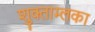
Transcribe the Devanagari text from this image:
शुक्ताम्लका